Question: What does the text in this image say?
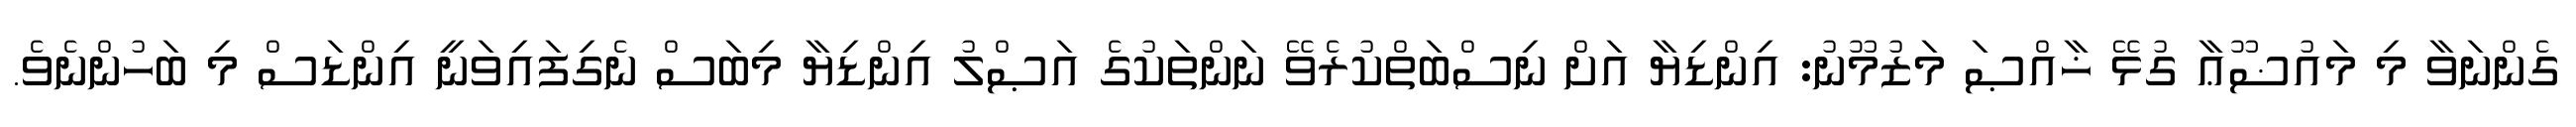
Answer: ގެންނަވާ މި މައުޟޫޢާ ގުޅޭ ޚާއްޞަ މަޒުމޫނު: އިންޑިޔާ އަށް ނިސްބަތްކުރެވޭ ނަންތަކުގެ އަޞްލު އިންޑިޔާ މިބަސް ނެގިފައިވަނީ އިންޑަސް މި ބަހުންނެވެ.